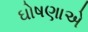
ઘોષણાએ